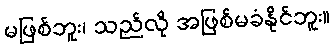
မဖြစ်ဘူး၊ သည်လို အဖြစ်မခံနိုင်ဘူး။